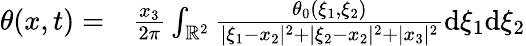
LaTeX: \begin{array}{rl}{\theta(x,t)=}&{{}\frac{x_{3}}{2\pi}\int_{\mathbb{R}^{2}}\frac{\theta_{0}(\xi_{1},\xi_{2})}{|\xi_{1}-x_{2}|^{2}+|\xi_{2}-x_{2}|^{2}+|x_{3}|^{2}}\mathrm{d}\xi_{1}\mathrm{d}\xi_{2}}\end{array}